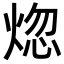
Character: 𬊡